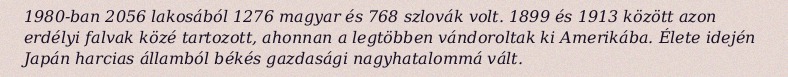
1980-ban 2056 lakosából 1276 magyar és 768 szlovák volt. 1899 és 1913 között azon erdélyi falvak közé tartozott, ahonnan a legtöbben vándoroltak ki Amerikába. Élete idején Japán harcias államból békés gazdasági nagyhatalommá vált.